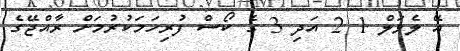
އޭ ލެވަލް 1 2 އަދި 3 ގެ ކޯސް ފުރިހަމަކުރުމަށް ރާއްޖޭގެ